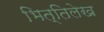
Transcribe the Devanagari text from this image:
भित्तिलेख